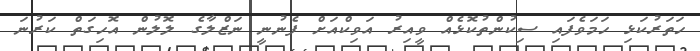
ހަތަރުކަޅި ހަމަވެފައި ސިކުންތުކޮޅެއް ވީއިރު އަވިކްއަށް ފެނުނީ ނަޒްލާގެ ލޮލުން އޮހިގަތް ކަރުނަ